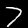
Label: 7